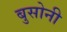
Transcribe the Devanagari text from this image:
बुसोनी